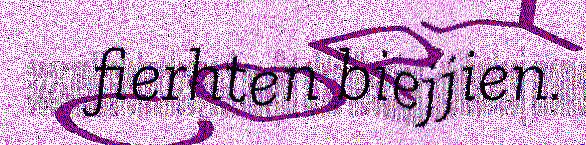
fierhten biejjien.